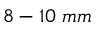
8 - 1 0 \ m m